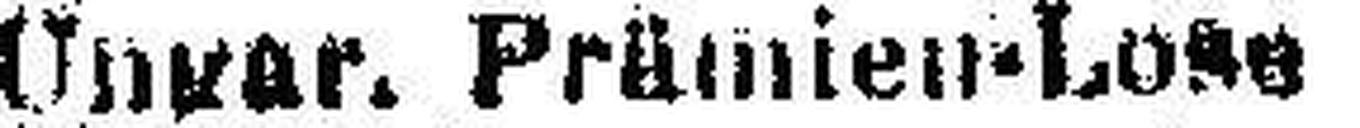
Ungar. Prämien-Lose